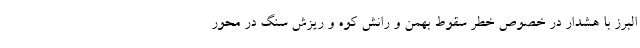
البرز با هشدار در خصوص خطر سقوط بهمن و رانش کوه و ریزش سنگ در محور